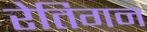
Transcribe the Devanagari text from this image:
रेतिगन